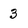
Character: 3